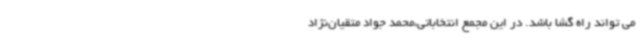
می تواند راه گشا باشد. در این مجمع انتخاباتی،‌محمد جواد متقیان‌نژاد